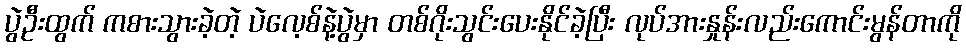
ပွဲဦးထွက် ကစားသွားခဲ့တဲ့ ပဲလေ့စ်နဲ့ပွဲမှာ တစ်ဂိုးသွင်းပေးနိုင်ခဲ့ပြီး လုပ်အားနှုန်းလည်းကောင်းမွန်တာကို